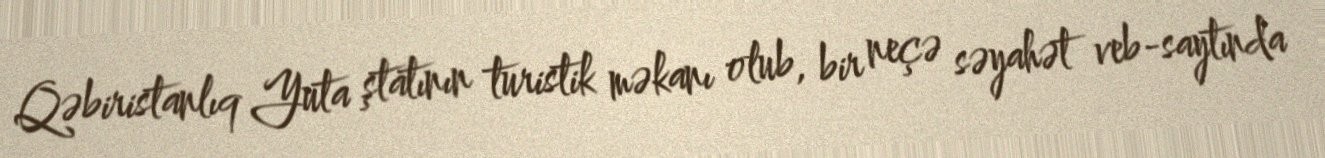
Qəbiristanlıq Yuta ştatının turistik məkanı olub, bir neçə səyahət veb-saytında